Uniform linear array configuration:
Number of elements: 16
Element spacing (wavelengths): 0.75
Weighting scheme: binomial
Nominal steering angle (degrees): -60
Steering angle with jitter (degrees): -60.126
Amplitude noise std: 0.05
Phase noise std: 0.05

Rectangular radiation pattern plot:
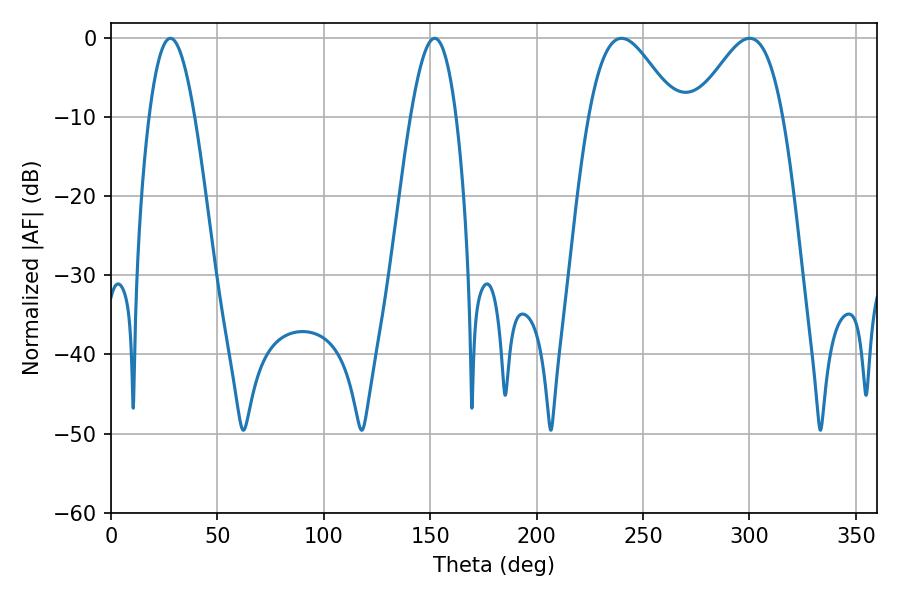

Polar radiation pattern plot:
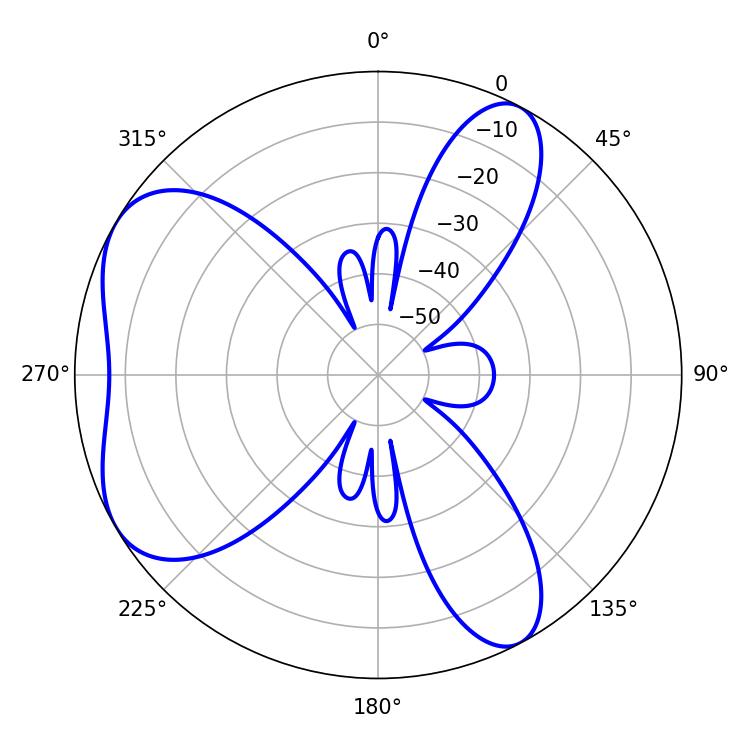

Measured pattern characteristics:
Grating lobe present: TRUE
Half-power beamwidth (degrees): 11.52
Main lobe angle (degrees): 27.9